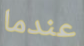
عندما